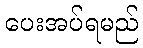
ပေးအပ်ရမည်